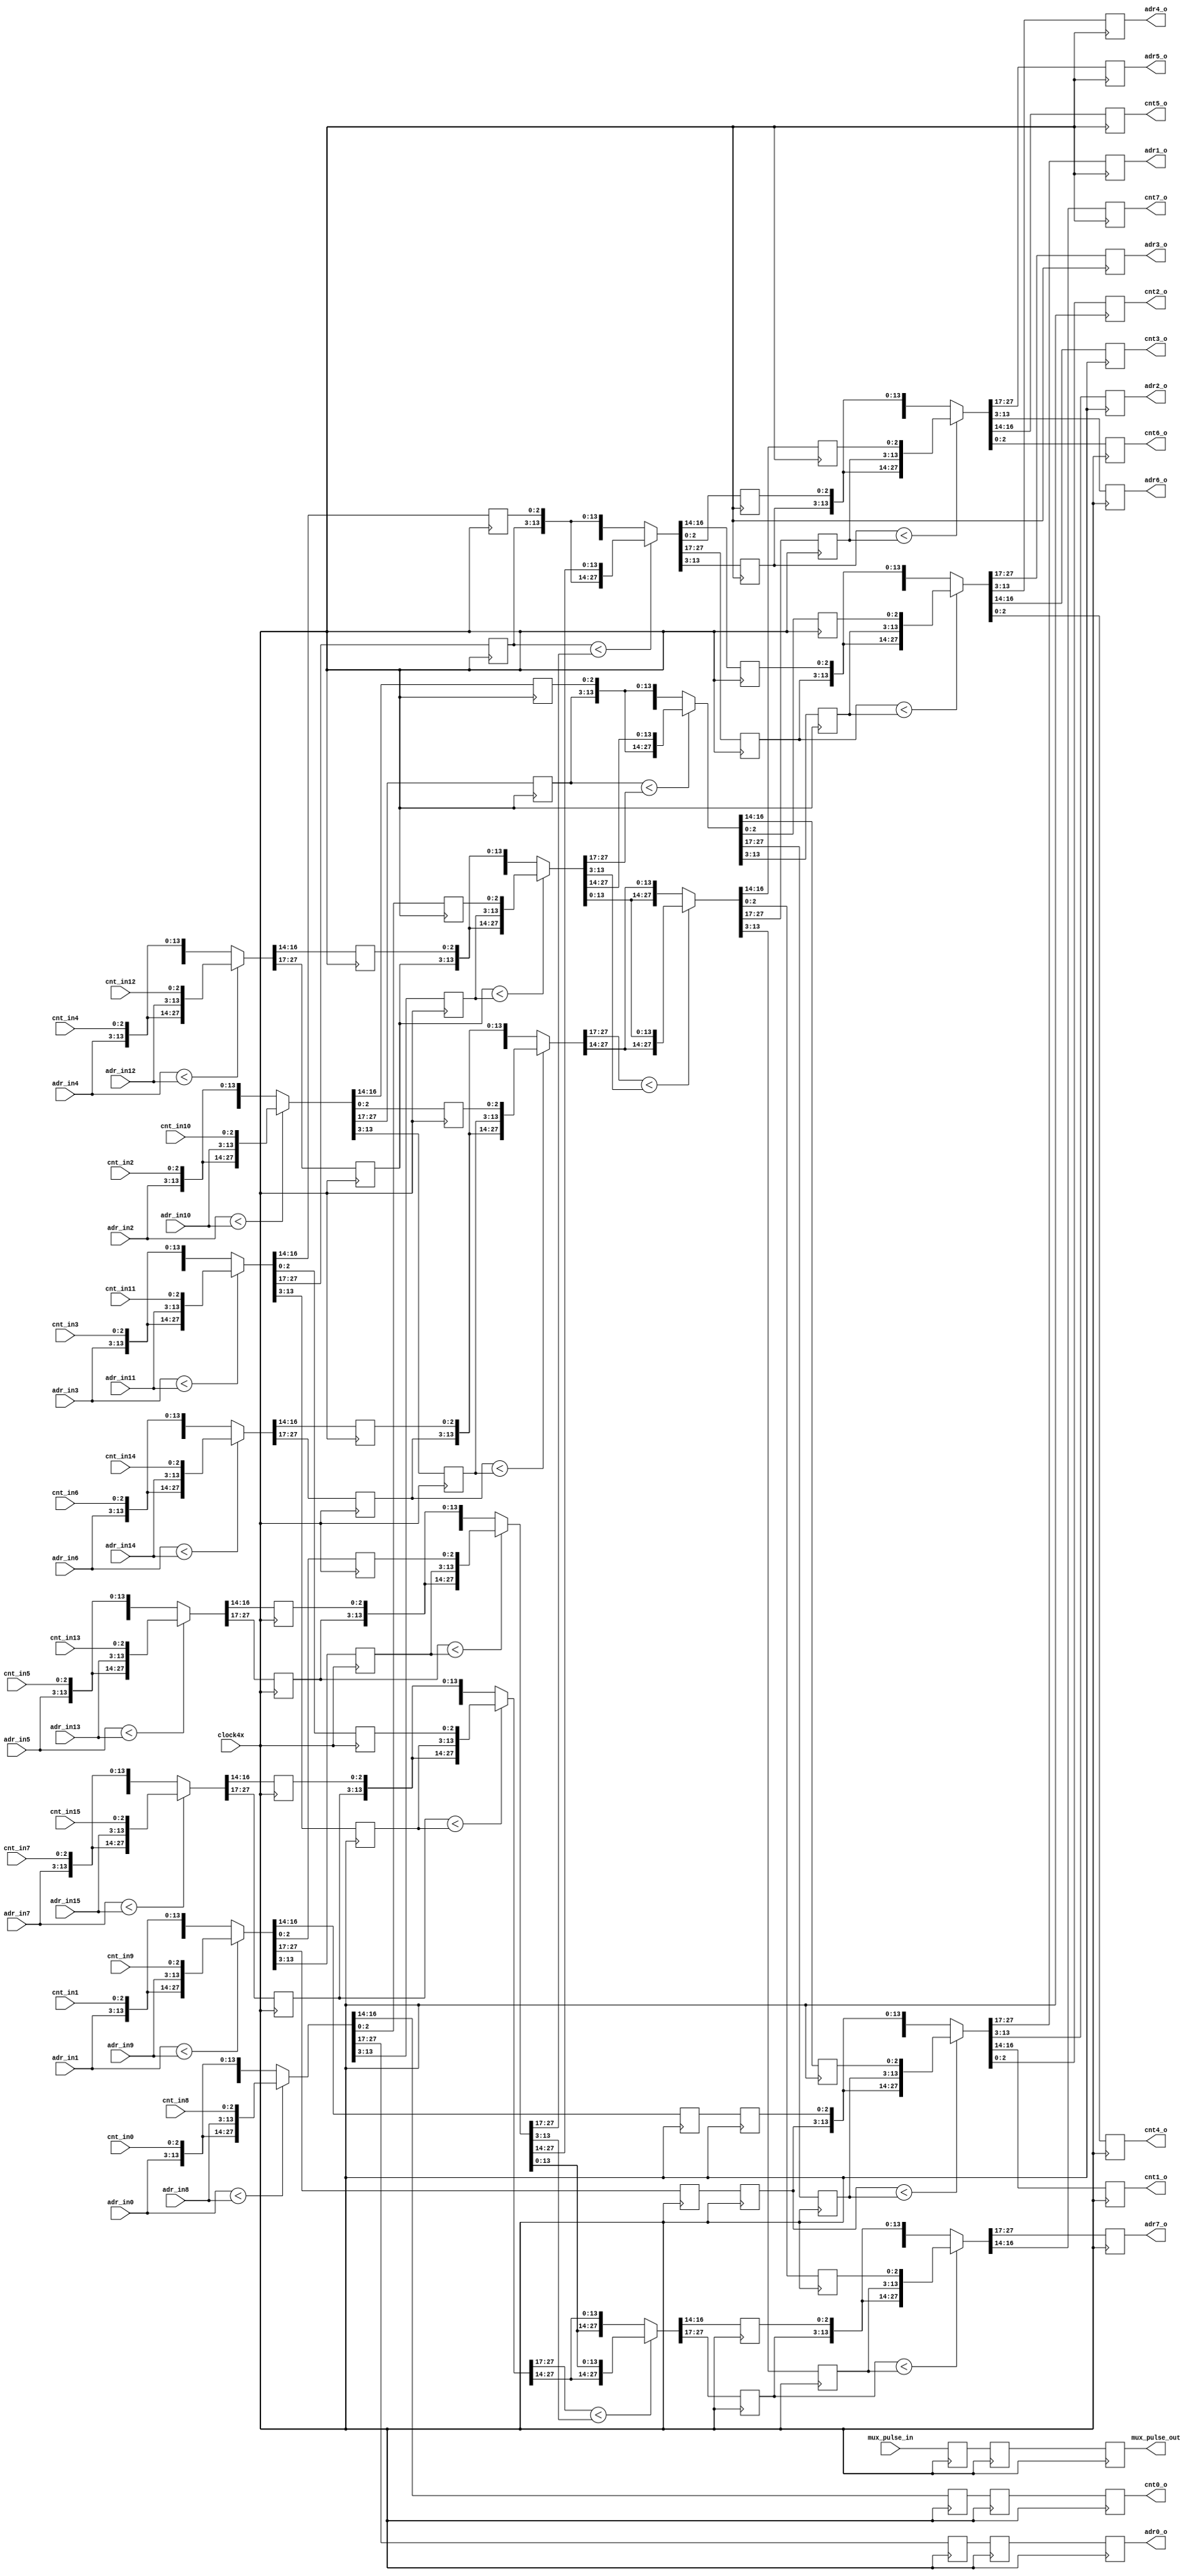
module merge16 (
  input clock4x,

  input  mux_pulse_in,
  output mux_pulse_out,

  input [MXADRBITS-1:0] adr_in0,
  input [MXADRBITS-1:0] adr_in1,
  input [MXADRBITS-1:0] adr_in2,
  input [MXADRBITS-1:0] adr_in3,
  input [MXADRBITS-1:0] adr_in4,
  input [MXADRBITS-1:0] adr_in5,
  input [MXADRBITS-1:0] adr_in6,
  input [MXADRBITS-1:0] adr_in7,
  input [MXADRBITS-1:0] adr_in8,
  input [MXADRBITS-1:0] adr_in9,
  input [MXADRBITS-1:0] adr_in10,
  input [MXADRBITS-1:0] adr_in11,
  input [MXADRBITS-1:0] adr_in12,
  input [MXADRBITS-1:0] adr_in13,
  input [MXADRBITS-1:0] adr_in14,
  input [MXADRBITS-1:0] adr_in15,

  input [MXCNTBITS-1:0] cnt_in0,
  input [MXCNTBITS-1:0] cnt_in1,
  input [MXCNTBITS-1:0] cnt_in2,
  input [MXCNTBITS-1:0] cnt_in3,
  input [MXCNTBITS-1:0] cnt_in4,
  input [MXCNTBITS-1:0] cnt_in5,
  input [MXCNTBITS-1:0] cnt_in6,
  input [MXCNTBITS-1:0] cnt_in7,
  input [MXCNTBITS-1:0] cnt_in8,
  input [MXCNTBITS-1:0] cnt_in9,
  input [MXCNTBITS-1:0] cnt_in10,
  input [MXCNTBITS-1:0] cnt_in11,
  input [MXCNTBITS-1:0] cnt_in12,
  input [MXCNTBITS-1:0] cnt_in13,
  input [MXCNTBITS-1:0] cnt_in14,
  input [MXCNTBITS-1:0] cnt_in15,

  output [MXADRBITS-1:0] adr0_o,
  output [MXADRBITS-1:0] adr1_o,
  output [MXADRBITS-1:0] adr2_o,
  output [MXADRBITS-1:0] adr3_o,
  output [MXADRBITS-1:0] adr4_o,
  output [MXADRBITS-1:0] adr5_o,
  output [MXADRBITS-1:0] adr6_o,
  output [MXADRBITS-1:0] adr7_o,

  output [MXCNTBITS-1:0] cnt0_o,
  output [MXCNTBITS-1:0] cnt1_o,
  output [MXCNTBITS-1:0] cnt2_o,
  output [MXCNTBITS-1:0] cnt3_o,
  output [MXCNTBITS-1:0] cnt4_o,
  output [MXCNTBITS-1:0] cnt5_o,
  output [MXCNTBITS-1:0] cnt6_o,
  output [MXCNTBITS-1:0] cnt7_o
);

parameter MXADRBITS=11;
parameter MXCNTBITS=3;

//`define input_latch 1
 `define s0_latch 1
//   `define s1_latch 1
 `define s2_latch 1
 `define s3_latch 1


//----------------------------------------------------------------------------------------------------------------------
// vectorize inputs
//----------------------------------------------------------------------------------------------------------------------

  reg [MXADRBITS-1:0] adr [15:0];   reg [MXCNTBITS-1:0] cnt [15:0];
  reg mux_pulse;

  `ifdef input_latch
    always @(posedge clock4x) begin
  `else
    always @(*) begin
  `endif

    adr[0]  <=  adr_in0;              cnt[0]  <= cnt_in0;
    adr[1]  <=  adr_in1;              cnt[1]  <= cnt_in1;
    adr[2]  <=  adr_in2;              cnt[2]  <= cnt_in2;
    adr[3]  <=  adr_in3;              cnt[3]  <= cnt_in3;
    adr[4]  <=  adr_in4;              cnt[4]  <= cnt_in4;
    adr[5]  <=  adr_in5;              cnt[5]  <= cnt_in5;
    adr[6]  <=  adr_in6;              cnt[6]  <= cnt_in6;
    adr[7]  <=  adr_in7;              cnt[7]  <= cnt_in7;
    adr[8]  <=  adr_in8;              cnt[8]  <= cnt_in8;
    adr[9]  <=  adr_in9;              cnt[9]  <= cnt_in9;
    adr[10] <=  adr_in10;             cnt[10] <= cnt_in10;
    adr[11] <=  adr_in11;             cnt[11] <= cnt_in11;
    adr[12] <=  adr_in12;             cnt[12] <= cnt_in12;
    adr[13] <=  adr_in13;             cnt[13] <= cnt_in13;
    adr[14] <=  adr_in14;             cnt[14] <= cnt_in14;
    adr[15] <=  adr_in15;             cnt[15] <= cnt_in15;

    mux_pulse <= mux_pulse_in;

  end

  // stage 0: sort eights (0,8), (1,9), (2,10), (3,11), (4,12), (5,13), (6,14), (7,15)
  //------------------------------------------------------------------------------------------------------------------

  reg  [MXCNTBITS-1:0] cnt_s0 [15:0];
  reg  [MXADRBITS-1:0] adr_s0 [15:0];
  reg                  mux_pulse_s0;

  `ifdef s0_latch
    always @(posedge clock4x) begin
  `else
    always @(*) begin
  `endif

     {{adr_s0[0], cnt_s0[0]},  {adr_s0[8],  cnt_s0[8]}}   <=  adr[0] < adr[8]  ? {{adr[0], cnt[0]}, {adr[8],  cnt[ 8]}} : {{adr[8],  cnt[ 8]}, {adr[0], cnt[0]}};
     {{adr_s0[1], cnt_s0[1]},  {adr_s0[9],  cnt_s0[9]}}   <=  adr[1] < adr[9]  ? {{adr[1], cnt[1]}, {adr[9],  cnt[ 9]}} : {{adr[9],  cnt[ 9]}, {adr[1], cnt[1]}};
     {{adr_s0[2], cnt_s0[2]},  {adr_s0[10], cnt_s0[10]}}  <=  adr[2] < adr[10] ? {{adr[2], cnt[2]}, {adr[10], cnt[10]}} : {{adr[10], cnt[10]}, {adr[2], cnt[2]}};
     {{adr_s0[3], cnt_s0[3]},  {adr_s0[11], cnt_s0[11]}}  <=  adr[3] < adr[11] ? {{adr[3], cnt[3]}, {adr[11], cnt[11]}} : {{adr[11], cnt[11]}, {adr[3], cnt[3]}};
     {{adr_s0[4], cnt_s0[4]},  {adr_s0[12], cnt_s0[12]}}  <=  adr[4] < adr[12] ? {{adr[4], cnt[4]}, {adr[12], cnt[12]}} : {{adr[12], cnt[12]}, {adr[4], cnt[4]}};
     {{adr_s0[5], cnt_s0[5]},  {adr_s0[13], cnt_s0[13]}}  <=  adr[5] < adr[13] ? {{adr[5], cnt[5]}, {adr[13], cnt[13]}} : {{adr[13], cnt[13]}, {adr[5], cnt[5]}};
     {{adr_s0[6], cnt_s0[6]},  {adr_s0[14], cnt_s0[14]}}  <=  adr[6] < adr[14] ? {{adr[6], cnt[6]}, {adr[14], cnt[14]}} : {{adr[14], cnt[14]}, {adr[6], cnt[6]}};
     {{adr_s0[7], cnt_s0[7]},  {adr_s0[15], cnt_s0[15]}}  <=  adr[7] < adr[15] ? {{adr[7], cnt[7]}, {adr[15], cnt[15]}} : {{adr[15], cnt[15]}, {adr[7], cnt[7]}};

       mux_pulse_s0 <= mux_pulse;

    end

  // stage 1: sort fours (4,8), (5,9), (6,10), (7,11)
  //------------------------------------------------------------------------------------------------------------------

  reg [MXCNTBITS-1:0] cnt_s1 [15:0];
  reg [MXADRBITS-1:0] adr_s1 [15:0];

  reg       mux_pulse_s1;


  `ifdef s1_latch
    always @(posedge clock4x) begin
  `else
    always @(*) begin
  `endif

      {adr_s1[0],   cnt_s1[0]}  <= {adr_s0[0],  cnt_s0[0]};
      {adr_s1[1],   cnt_s1[1]}  <= {adr_s0[1],  cnt_s0[1]};
      {adr_s1[2],   cnt_s1[2]}  <= {adr_s0[2],  cnt_s0[2]};
      {adr_s1[3],   cnt_s1[3]}  <= {adr_s0[3],  cnt_s0[3]};

      {{adr_s1[4],  cnt_s1[4]},  {adr_s1[8],   cnt_s1[8]}}  <= adr_s0[4]  < adr_s0[8]  ? {{adr_s0[4], cnt_s0[4]}, {adr_s0[8],  cnt_s0[8]}}  : {{adr_s0[8],   cnt_s0[8]},  {adr_s0[4], cnt_s0[4]}};
      {{adr_s1[5],  cnt_s1[5]},  {adr_s1[9],   cnt_s1[9]}}  <= adr_s0[5]  < adr_s0[9]  ? {{adr_s0[5], cnt_s0[5]}, {adr_s0[9],  cnt_s0[9]}}  : {{adr_s0[9],   cnt_s0[9]},  {adr_s0[5], cnt_s0[5]}};
      {{adr_s1[6],  cnt_s1[6]},  {adr_s1[10],  cnt_s1[10]}} <= adr_s0[6]  < adr_s0[10] ? {{adr_s0[6], cnt_s0[6]}, {adr_s0[10], cnt_s0[10]}} : {{adr_s0[10],  cnt_s0[10]}, {adr_s0[6], cnt_s0[6]}};
      {{adr_s1[7],  cnt_s1[7]},  {adr_s1[11],  cnt_s1[11]}} <= adr_s0[7]  < adr_s0[11] ? {{adr_s0[7], cnt_s0[7]}, {adr_s0[11], cnt_s0[11]}} : {{adr_s0[11],  cnt_s0[11]}, {adr_s0[7], cnt_s0[7]}};

      {adr_s1[12],  cnt_s1[12]} <= {adr_s0[12], cnt_s0[12]};
      {adr_s1[13],  cnt_s1[13]} <= {adr_s0[13], cnt_s0[13]};
      {adr_s1[14],  cnt_s1[14]} <= {adr_s0[14], cnt_s0[14]};
      {adr_s1[15],  cnt_s1[15]} <= {adr_s0[15], cnt_s0[15]};

      mux_pulse_s1 <= mux_pulse_s0;

  end

  // stage 2: sort twos (2,4), (3,5), (6,8), (7,9)
  //------------------------------------------------------------------------------------------------------------------

  reg [MXCNTBITS-1:0] cnt_s2 [15:0];
  reg [MXADRBITS-1:0] adr_s2 [15:0];

  reg       mux_pulse_s2;


  `ifdef s2_latch
    always @(posedge clock4x) begin
  `else
    always @(*) begin
  `endif

      {adr_s2[0],  cnt_s2[0]} <= {adr_s1[0], cnt_s1[0]};
      {adr_s2[1],  cnt_s2[1]} <= {adr_s1[1], cnt_s1[1]};

      {{adr_s2[2],  cnt_s2[2]},  {adr_s2[4],  cnt_s2[4]}}  <= adr_s1[2]  < adr_s1[4]  ? {{adr_s1[2],  cnt_s1[2]},  {adr_s1[4],  cnt_s1[4]}}  : {{adr_s1[4],  cnt_s1[4]},  {adr_s1[2],  cnt_s1[2]}};
      {{adr_s2[3],  cnt_s2[3]},  {adr_s2[5],  cnt_s2[5]}}  <= adr_s1[3]  < adr_s1[5]  ? {{adr_s1[3],  cnt_s1[3]},  {adr_s1[5],  cnt_s1[5]}}  : {{adr_s1[5],  cnt_s1[5]},  {adr_s1[3],  cnt_s1[3]}};
      {{adr_s2[6],  cnt_s2[6]},  {adr_s2[8],  cnt_s2[8]}}  <= adr_s1[6]  < adr_s1[8]  ? {{adr_s1[6],  cnt_s1[6]},  {adr_s1[8],  cnt_s1[8]}}  : {{adr_s1[8],  cnt_s1[8]},  {adr_s1[6],  cnt_s1[6]}};
      {{adr_s2[7],  cnt_s2[7]},  {adr_s2[9],  cnt_s2[9]}}  <= adr_s1[7]  < adr_s1[9]  ? {{adr_s1[7],  cnt_s1[7]},  {adr_s1[9],  cnt_s1[9]}}  : {{adr_s1[9],  cnt_s1[9]},  {adr_s1[7],  cnt_s1[7]}};
      {{adr_s2[10], cnt_s2[10]}, {adr_s2[12], cnt_s2[12]}} <= adr_s1[10] < adr_s1[12] ? {{adr_s1[10], cnt_s1[10]}, {adr_s1[12], cnt_s1[12]}} : {{adr_s1[12], cnt_s1[12]}, {adr_s1[10], cnt_s1[10]}};
      {{adr_s2[11], cnt_s2[11]}, {adr_s2[13], cnt_s2[13]}} <= adr_s1[11] < adr_s1[13] ? {{adr_s1[11], cnt_s1[11]}, {adr_s1[13], cnt_s1[13]}} : {{adr_s1[13], cnt_s1[13]}, {adr_s1[11], cnt_s1[11]}};

      {adr_s2[14],  cnt_s2[14]} <= {adr_s1[14], cnt_s1[14]};
      {adr_s2[15],  cnt_s2[15]} <= {adr_s1[15], cnt_s1[15]};

      mux_pulse_s2 <= mux_pulse_s1;
  end

  // stage 3: swap odd pairs (1,2), (3,4), (5,6), (7,8), (9,10), (11,12), (13,14)
  //------------------------------------------------------------------------------------------------------------------

  reg [MXCNTBITS-1:0] cnt_s3 [15:0];
  reg [MXADRBITS-1:0] adr_s3 [15:0];

  reg  mux_pulse_s3;


  `ifdef s3_latch
    always @(posedge clock4x) begin
  `else
    always @(*) begin
  `endif

      {adr_s3[0],  cnt_s3[0]} = {adr_s2[0],  cnt_s2[0]};

     {{adr_s3[1],  cnt_s3[1]},  {adr_s3[2],  cnt_s3[2]}}  = adr_s2[1]  < adr_s2[2]  ? {{adr_s2[1],  cnt_s2[1]},  {adr_s2[2],  cnt_s2[2]}}  : {{adr_s2[2],  cnt_s2[2]},  {adr_s2[1],  cnt_s2[1]}};
     {{adr_s3[3],  cnt_s3[3]},  {adr_s3[4],  cnt_s3[4]}}  = adr_s2[3]  < adr_s2[4]  ? {{adr_s2[3],  cnt_s2[3]},  {adr_s2[4],  cnt_s2[4]}}  : {{adr_s2[4],  cnt_s2[4]},  {adr_s2[3],  cnt_s2[3]}};
     {{adr_s3[5],  cnt_s3[5]},  {adr_s3[6],  cnt_s3[6]}}  = adr_s2[5]  < adr_s2[6]  ? {{adr_s2[5],  cnt_s2[5]},  {adr_s2[6],  cnt_s2[6]}}  : {{adr_s2[6],  cnt_s2[6]},  {adr_s2[5],  cnt_s2[5]}};
     {{adr_s3[7],  cnt_s3[7]},  {adr_s3[8],  cnt_s3[8]}}  = adr_s2[7]  < adr_s2[8]  ? {{adr_s2[7],  cnt_s2[7]},  {adr_s2[8],  cnt_s2[8]}}  : {{adr_s2[8],  cnt_s2[8]},  {adr_s2[7],  cnt_s2[7]}};
     {{adr_s3[9],  cnt_s3[9]},  {adr_s3[10], cnt_s3[10]}} = adr_s2[9]  < adr_s2[10] ? {{adr_s2[9],  cnt_s2[9]},  {adr_s2[10], cnt_s2[10]}} : {{adr_s2[10], cnt_s2[10]}, {adr_s2[9],  cnt_s2[9]}};
     {{adr_s3[11], cnt_s3[11]}, {adr_s3[12], cnt_s3[12]}} = adr_s2[11] < adr_s2[12] ? {{adr_s2[11], cnt_s2[11]}, {adr_s2[12], cnt_s2[12]}} : {{adr_s2[12], cnt_s2[12]}, {adr_s2[11], cnt_s2[11]}};
     {{adr_s3[13], cnt_s3[13]}, {adr_s3[14], cnt_s3[14]}} = adr_s2[13] < adr_s2[14] ? {{adr_s2[13], cnt_s2[13]}, {adr_s2[14], cnt_s2[14]}} : {{adr_s2[14], cnt_s2[14]}, {adr_s2[13], cnt_s2[13]}};

     {adr_s3[15],  cnt_s3[15]} = {adr_s2[15],  cnt_s2[15]};

      mux_pulse_s3 = mux_pulse_s2;

    end

//----------------------------------------------------------------------------------------------------------------------
// Latch Results for Output
//----------------------------------------------------------------------------------------------------------------------

      assign {adr0_o,cnt0_o} = {adr_s3[0],cnt_s3[0]};
      assign {adr1_o,cnt1_o} = {adr_s3[1],cnt_s3[1]};
      assign {adr2_o,cnt2_o} = {adr_s3[2],cnt_s3[2]};
      assign {adr3_o,cnt3_o} = {adr_s3[3],cnt_s3[3]};
      assign {adr4_o,cnt4_o} = {adr_s3[4],cnt_s3[4]};
      assign {adr5_o,cnt5_o} = {adr_s3[5],cnt_s3[5]};
      assign {adr6_o,cnt6_o} = {adr_s3[6],cnt_s3[6]};
      assign {adr7_o,cnt7_o} = {adr_s3[7],cnt_s3[7]};

      assign mux_pulse_out = mux_pulse_s3;

//----------------------------------------------------------------------------------------------------------------------
endmodule